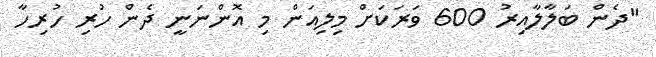
"ދެން ބަލާލާއިރު 600 ވަރަކަށް މިލިއަން މި އޮންނަނީ ދެން ހުރި ހުރިހާ